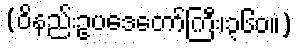
(ဝိနည်းဥပဒေတော်ကြီး၊၃၆၀။)